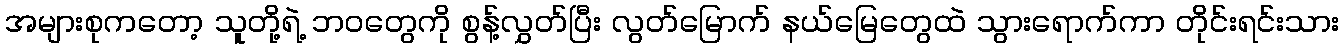
အများစုကတော့ သူတို့ရဲ့ ဘဝတွေကို စွန့်လွှတ်ပြီး လွတ်မြောက် နယ်မြေတွေထဲ သွားရောက်ကာ တိုင်းရင်းသား